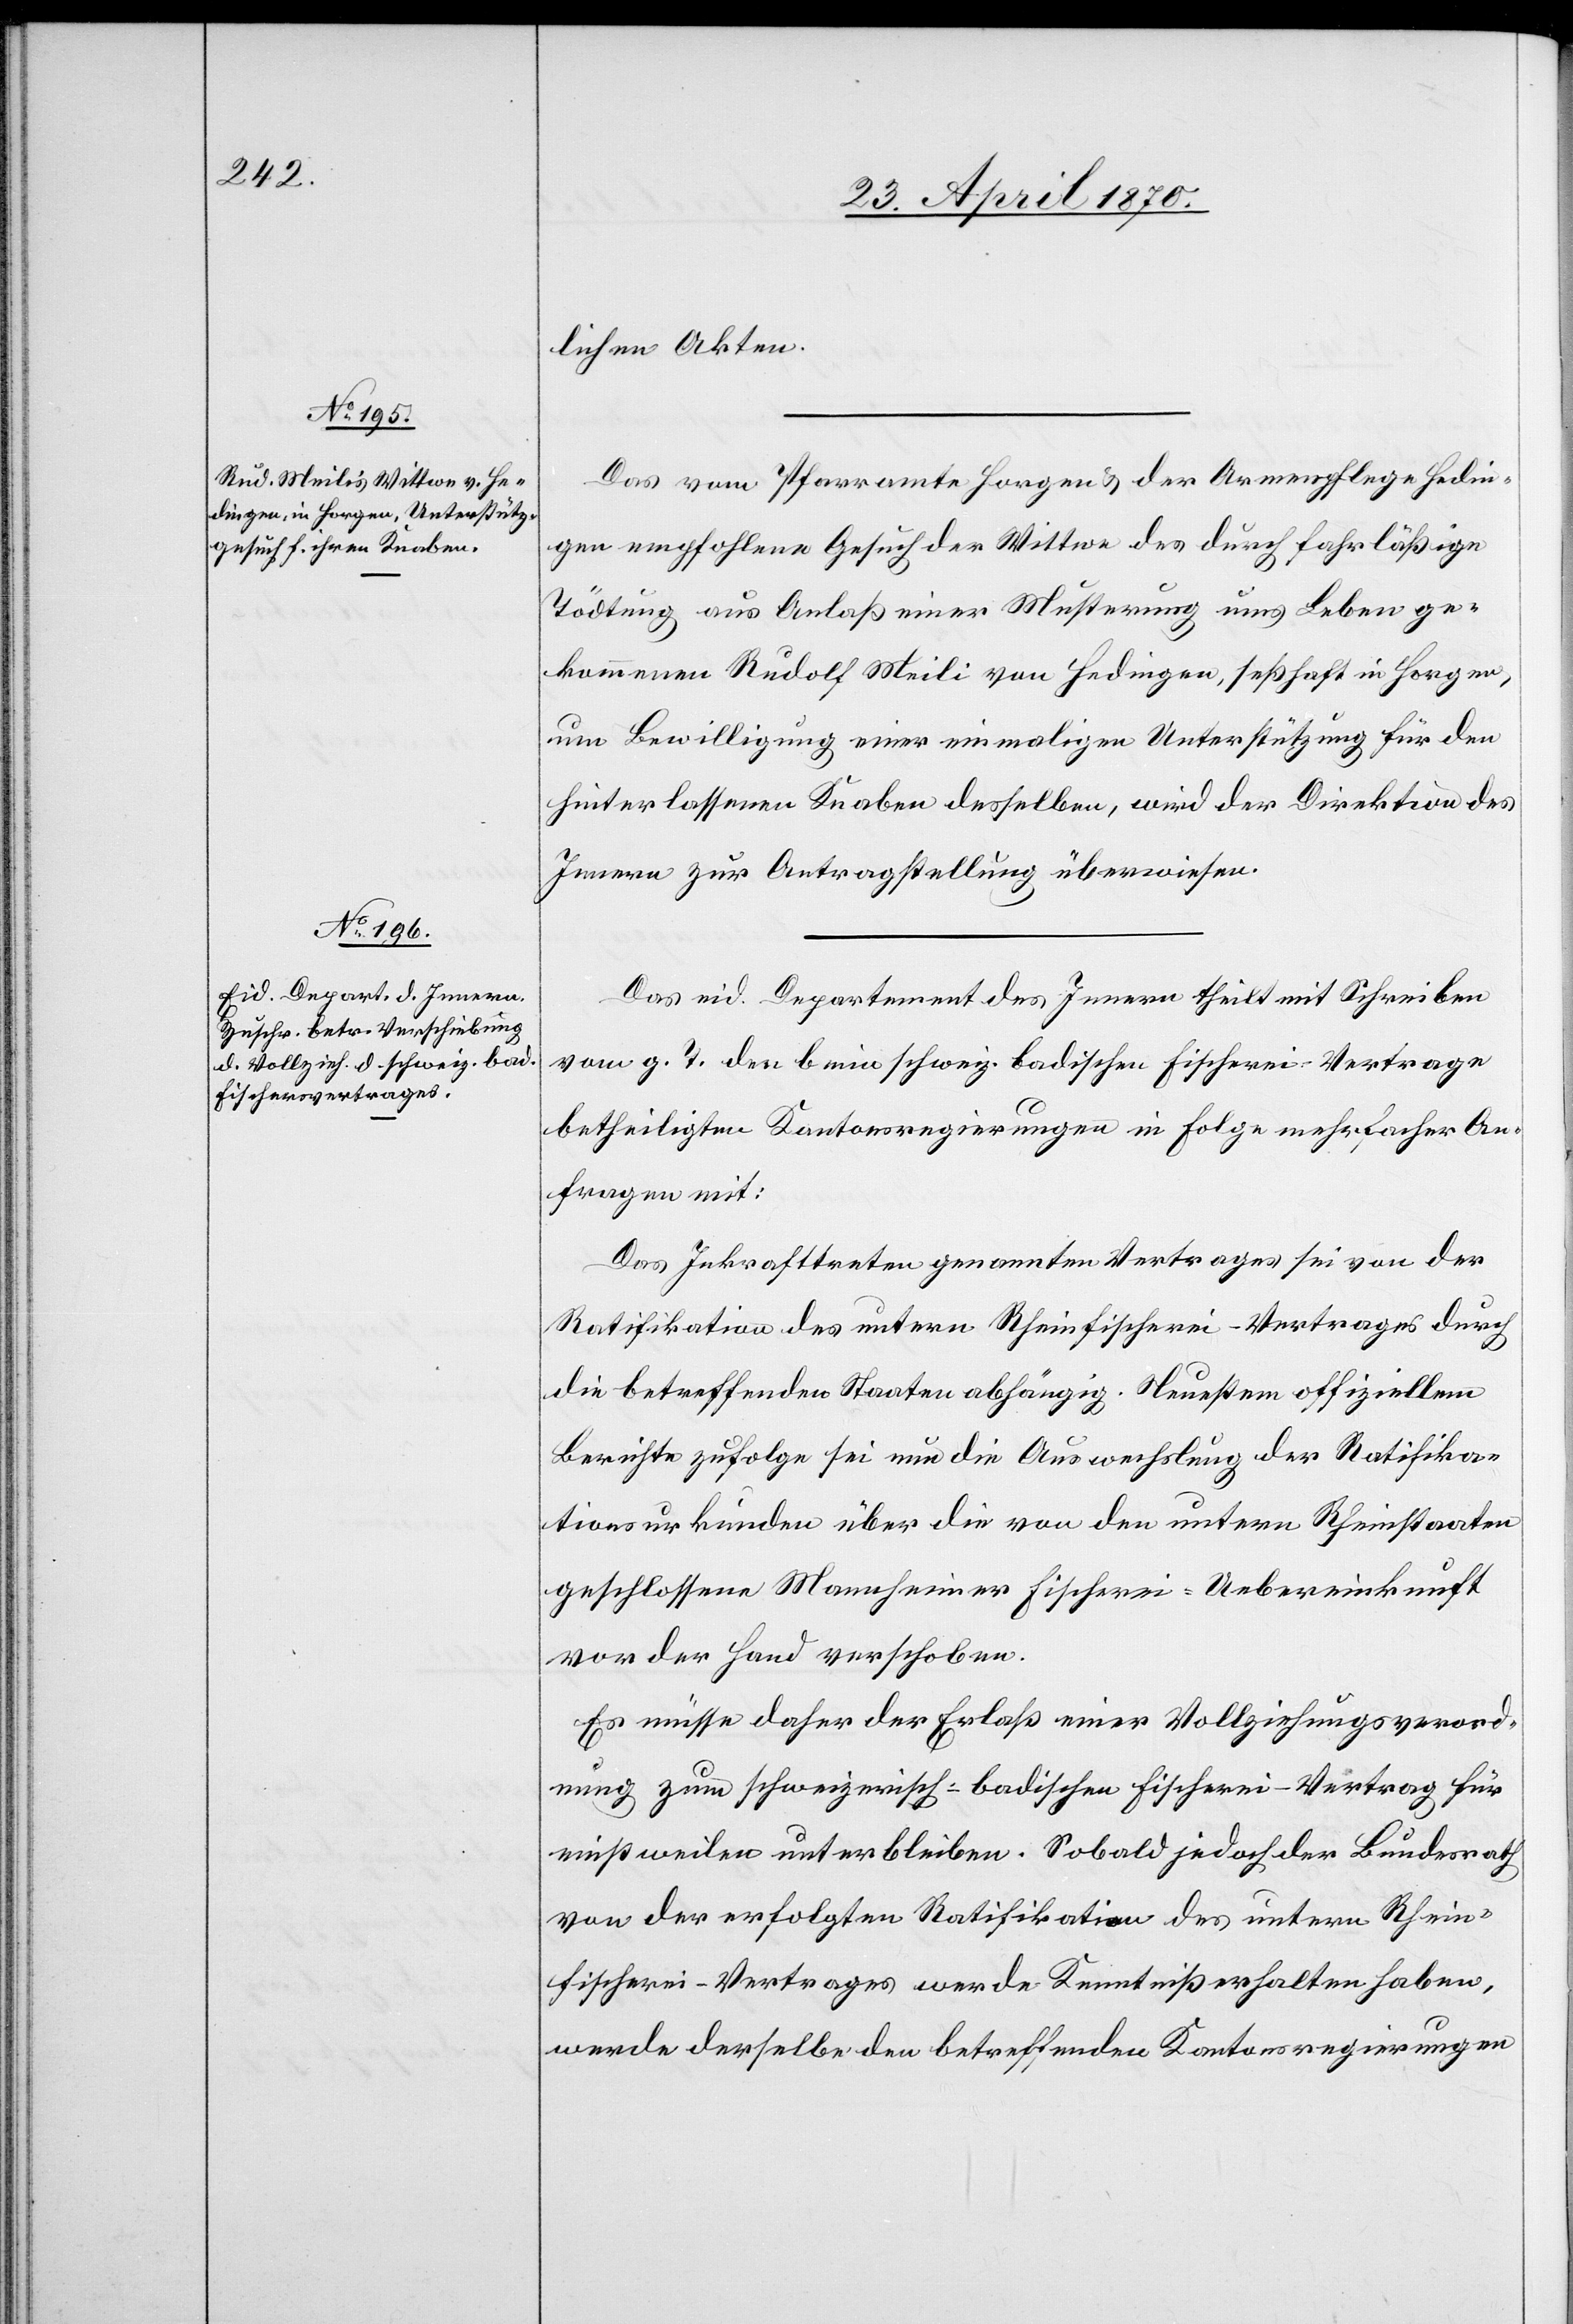
23. April 1870.]
lichen Akten.
Das vom Pfarramte Horgen & der Armenpflege Hedin¬
gen empfohlene Gesuch der Wittwe des durch fahrläßige
Tödtung aus Anlaß einer Musterung ums Leben ge¬
kommenen Rudolf Meili von Hedingen, seßhaft in Horgen,
um Bewilligung einer einmaligen Unterstützung für den
hinterlassenen Knaben desselben, wird der Direktion des
Innern zur Antragstellung überwiesen.
Das eid. Departement des Innern theilt mit Schreiben
vom g. T. den beim schweiz. badischen Fischerei-Vertrage
betheiligten Kantonsregierungen in Folge mehrfacher An¬
fragen mit:
Das Inkrafttreten genannten Vertrages sei von der
Ratifikation des untern Rheinfischerei-Vertrages durch
die betreffenden Staaten abhängig. Neuestem offiziellem
Berichte zufolge sei nun die Auswechslung der Ratifika¬
tionsurkunden über die von den untern Rheinstaaten
geschlossene Mannheimer Fischerei-Uebereinkunft
vor der Hand verschoben.
Es müsse daher der Erlaß einer Vollziehungsverord¬
nung zum schweizerisch-badischen Fischerei-Vertrag für
einstweilen unterbleiben. Sobald jedoch der Bundesrath
von der erfolgten Ratifikaton des untern Rhein¬
fischerei-Vertrages werde Kenntniß erhalten haben,
werde derselbe den betreffenden Kantonsregierungen